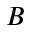
B